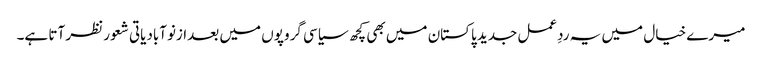
میرے خیال میں یہ ردِعمل جدید پاکستان میں بھی کچھ سیاسی گروپوں میں بعدازنوآبادیاتی شعور نظر آتا ہے۔